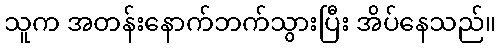
သူက အတန်းနောက်ဘက်သွားပြီး အိပ်နေသည်။